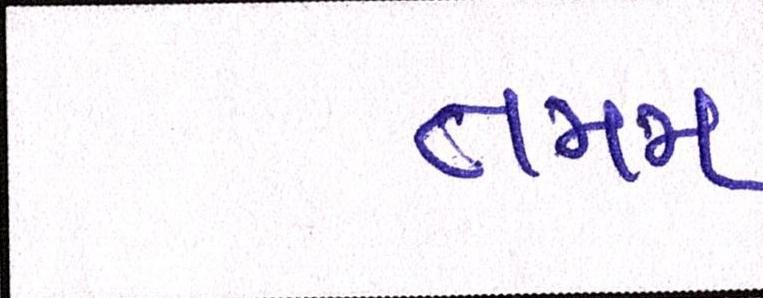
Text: તમમ